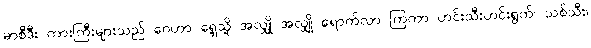
မာစီဒီး ကားကြီးများသည် ဂေဟာ ရှေ့သို့ အလျှို အလျှို ရောက်လာ ကြကာ ဟင်းသီးဟင်းရွက်၊ သစ်သီး၊